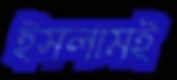
ইসলামই